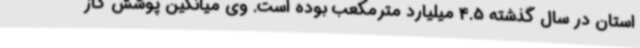
استان در سال گذشته 4.5 میلیارد مترمکعب بوده است. وی میانگین پوشش گاز